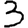
Digit: 3